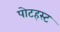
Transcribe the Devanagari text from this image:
पोटहस्ट